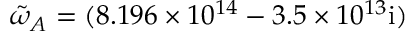
\tilde { \omega } _ { A } = ( 8 . 1 9 6 \times 1 0 ^ { 1 4 } - 3 . 5 \times 1 0 ^ { 1 3 } \mathrm { { i } ) }